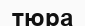
тюра